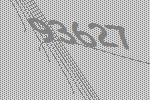
93627